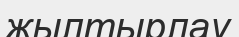
жылтырлау